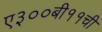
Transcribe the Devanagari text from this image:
ए३००बी११ची